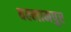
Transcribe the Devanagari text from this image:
बल्लामपुर